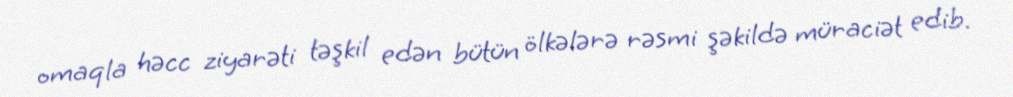
omaqla həcc ziyarəti təşkil edən bütün ölkələrə rəsmi şəkildə müraciət edib.